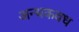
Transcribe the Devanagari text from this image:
अन्धकवध